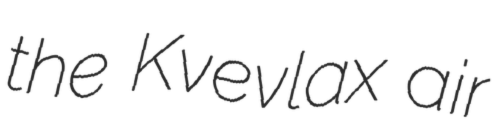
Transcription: the Kvevlax air